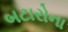
બટારોના